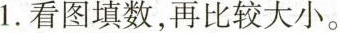
1.看图填数，再比较大小。